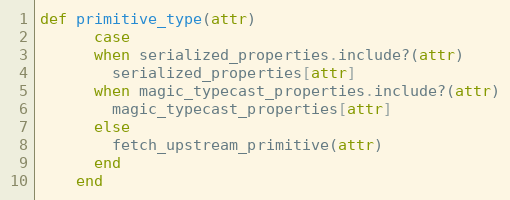
Language: Ruby
def primitive_type(attr)
      case
      when serialized_properties.include?(attr)
        serialized_properties[attr]
      when magic_typecast_properties.include?(attr)
        magic_typecast_properties[attr]
      else
        fetch_upstream_primitive(attr)
      end
    end